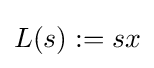
L(s):=sx